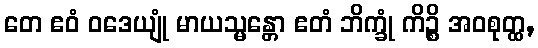
တေ ဧဝံ ဝဒေယျုံ မာယသ္မန္တော ဧတံ ဘိက္ခုံ ကိဉ္စိ အဝစုတ္ထ,